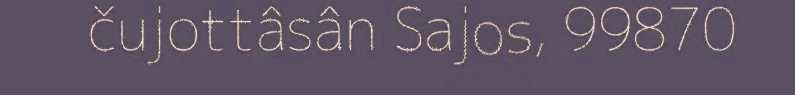
čujottâsân Sajos, 99870